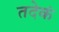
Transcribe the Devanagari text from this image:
तदेकं